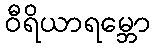
ဝီရိယာရမ္ဘော